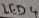
Text: LED4